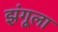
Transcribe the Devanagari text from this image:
झंगूला